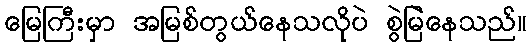
မြေကြီးမှာ အမြစ်တွယ်နေသလိုပဲ စွဲမြဲနေသည်။